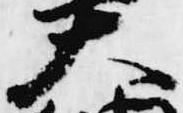
大